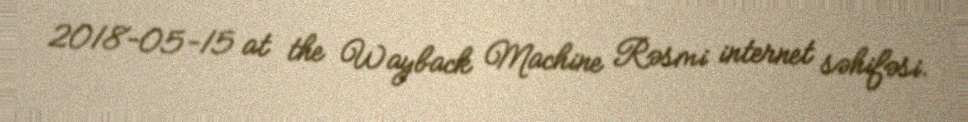
2018-05-15 at the Wayback Machine Rəsmi internet səhifəsi.